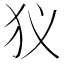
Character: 𤜥